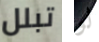
تبلل لو